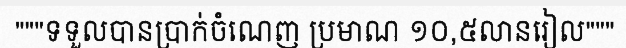
"""ទទួលបានប្រាក់ចំណេញ ប្រមាណ ១០,៥លានរៀល"""